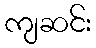
ကျဆင်း